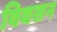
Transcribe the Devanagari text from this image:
विवसन